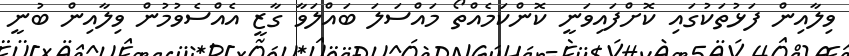
ވިލާއިން ފަޅުތަކުގައި ކޮށްފައިވަނީ ކޮންކަމެއްތޯ މައްސަލަ ބައްލަވާ ގާޒީ އެއްސެވުމުން ވިލާއިން ބުނީ